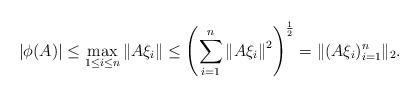
LaTeX: \begin{align*}\left|\phi(A)\right| \leq \max_{1\leq i\leq n}{\left\|A\xi_i\right\|}\leq \left(\sum_{i=1}^{n}{\left\|A\xi_i \right\|^2}\right)^{\frac{1}{2}}=\|(A\xi_i)_{i=1}^{n}\|_2.\end{align*}